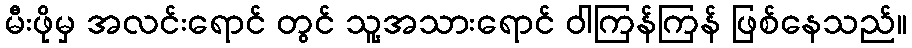
မီးဖိုမှ အလင်းရောင် တွင် သူ့အသားရောင် ဝါကြန်ကြန် ဖြစ်နေသည်။